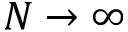
N \rightarrow \infty